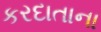
કરદાતાના